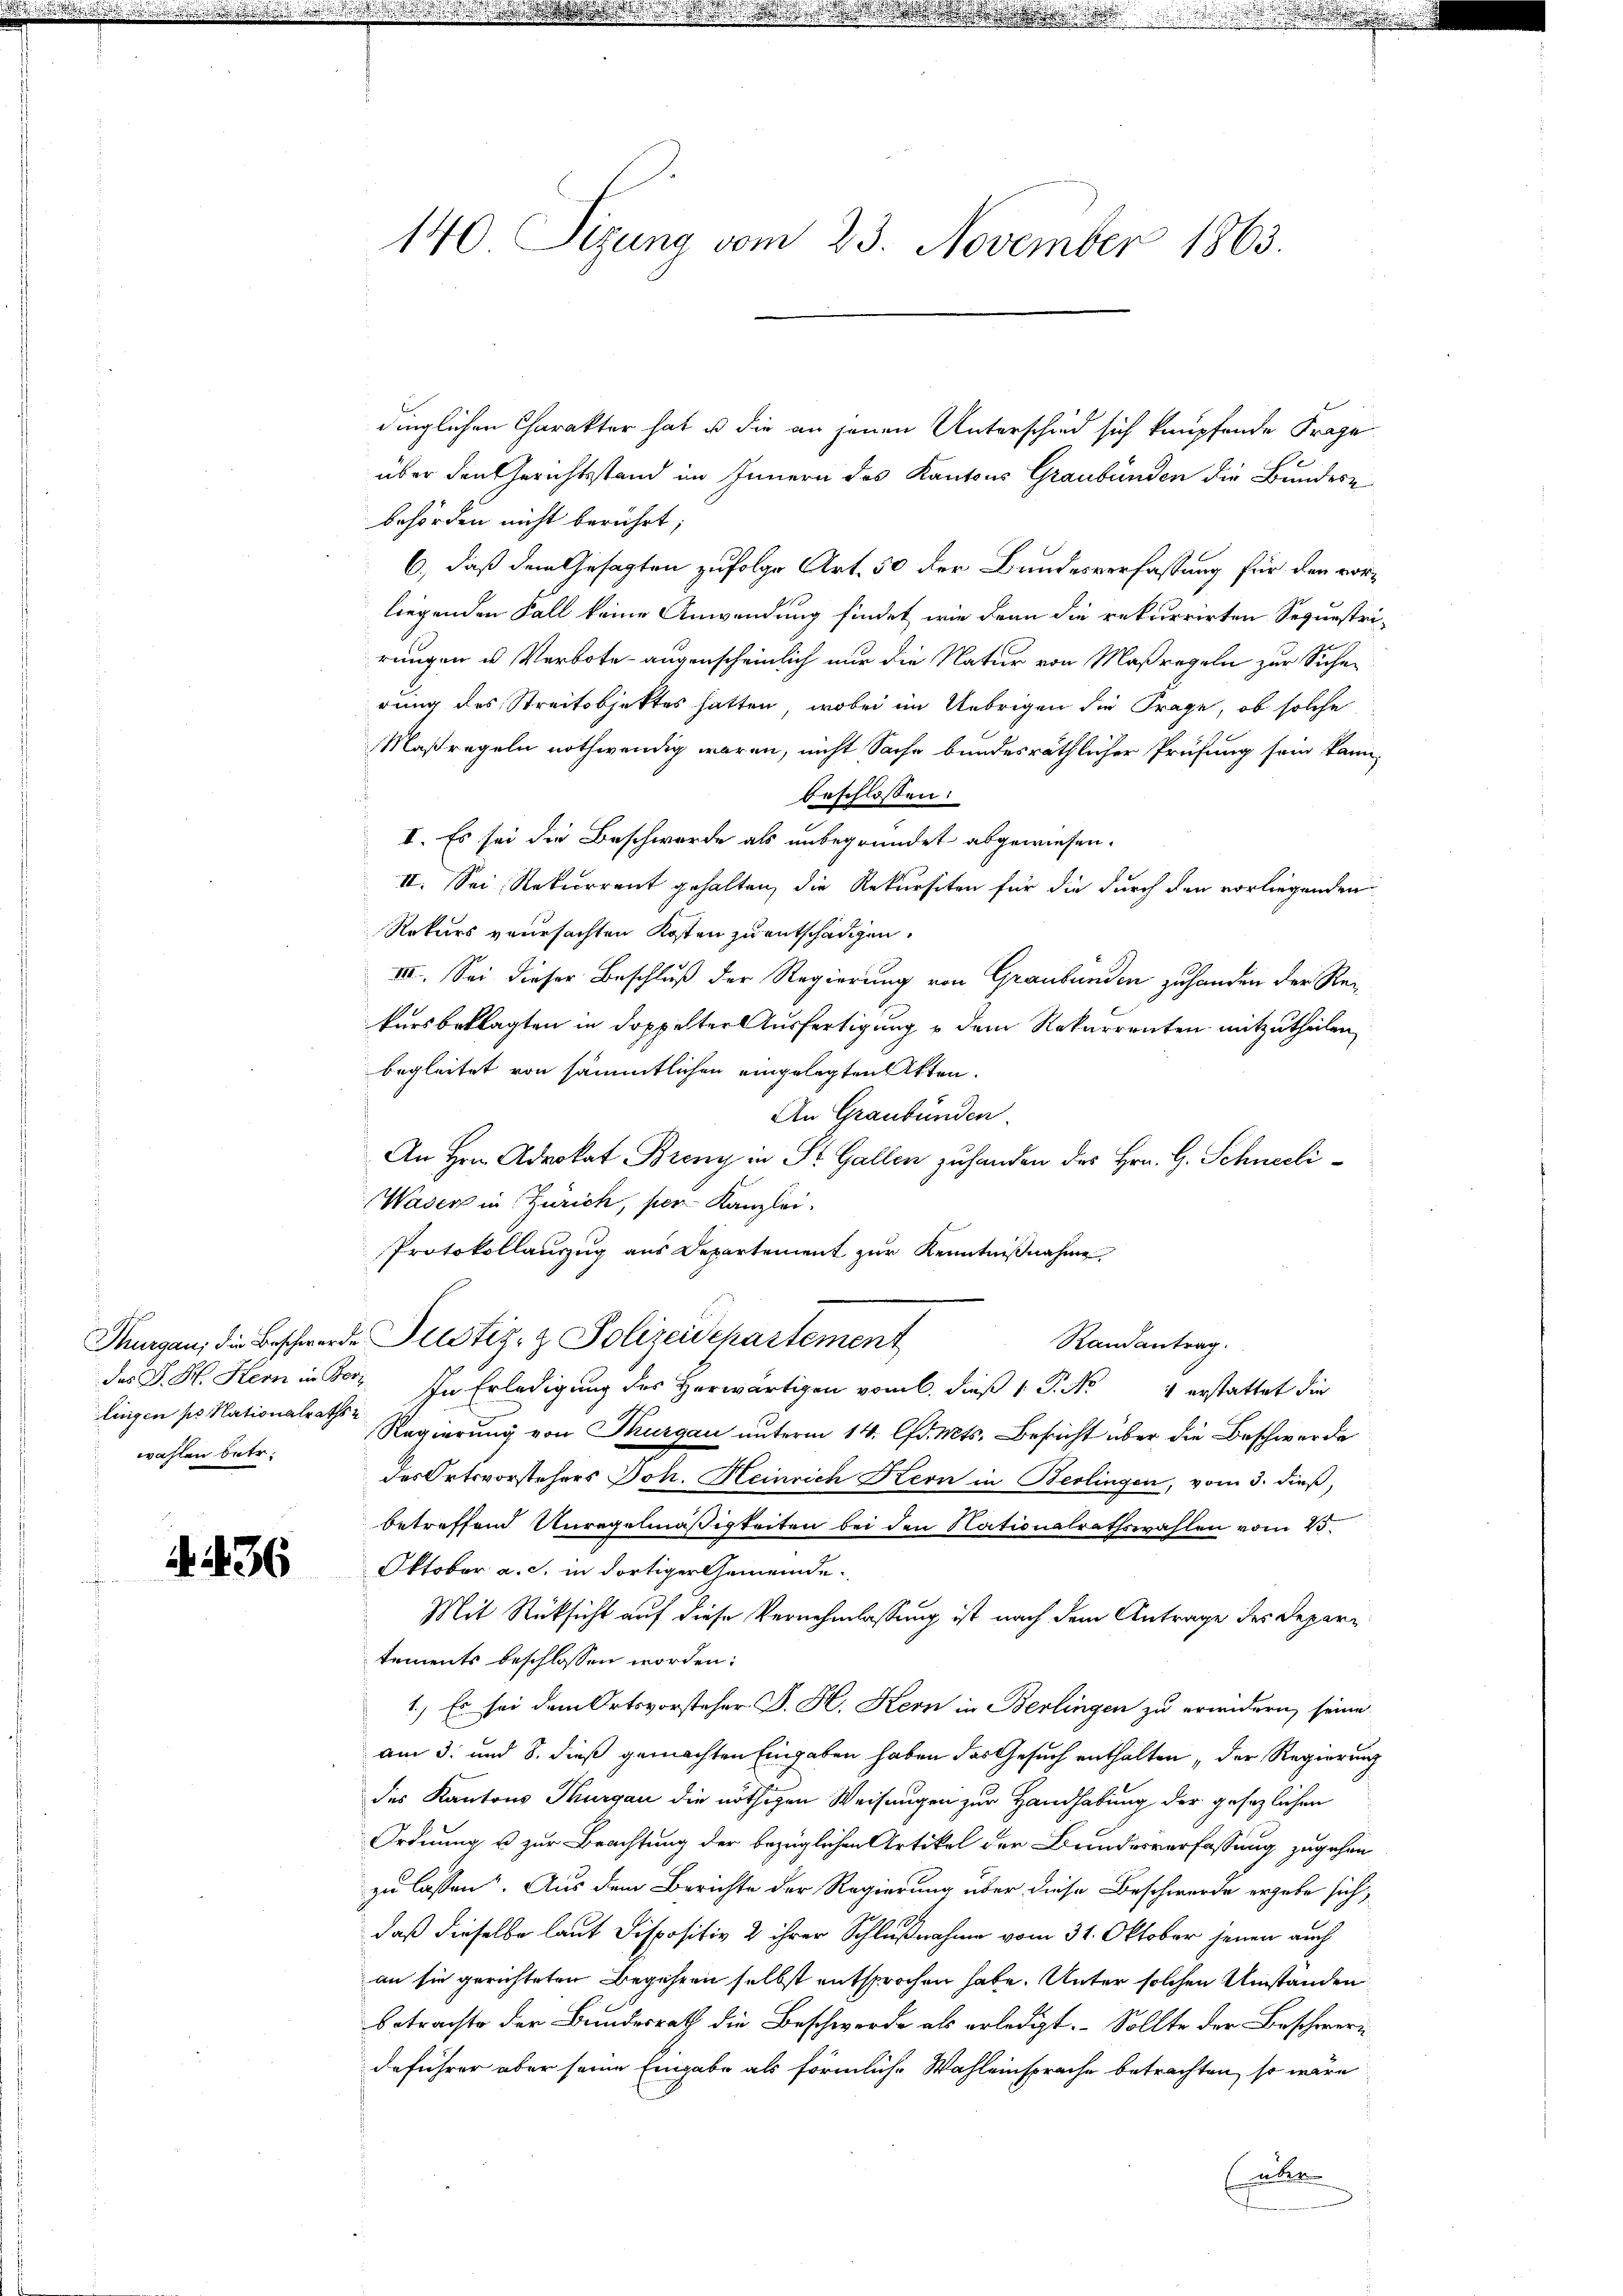
lingen sr Nationalraths
wählen betr.

4. 436

140 Sizung vom 23. November 1863.

dinglichen Charakter hat ist die an jenen Unterschied sich knüpfende Frage
über den Gerichtsstand im Innern des Kantons Graubünden die Bundere
behörden nicht berührt;
6, daß dem Gesagten zufolge Art. 50 der Bundesverfassung für den vorliegenden Fall keine Anwendung findet, wie dran die rekurrirten Sequestrirungen u. Verbote augenscheinlich nur die Natur von Maßregeln zur Sichen
rung des Streitobjektes hatten, wobei im Uebrigen die Frage, ob solche
Maßregeln nothwendig waren, nicht Sache bundesräthlicher Prüfung sein kann,
beschlossen:
I. Es sei die Beschwerde als unbegründet abgewiesen.
II. Sei Rekurrent gehalten, die Rekursiten für die durch den vorliegenden
Rekurs verursachten Kosten zu entschädigen.
III. Sei dieser Beschluß der Regierung von Graubünden zuhanden der Rekursbeklagten in doppelter Ausfertigung u dem Rekurrenten mitzutheilen.
begleitet von sämmtlichen eingelegten Akten.
An Graubünden.
An Hrn. Advokat Breny in St. Gallen zuhanden des Hrn. G. Schneeli¬
Waser in Zürich, per Kanzlei-
Protokollauszug aus Departement zur Kenntnißnahme
Thurgau, die Beschwerde Justiz- & Polizeidepartement
Randantrag.
des J. H. Hern in Ber. In Erledigung des Herwärtigen vom 6. dieß 1 P. Nr. 4 erstattet die
Regierung von Thurgau unterm 14. lfd. Mts. Besicht über die Beschwerde
des Ortsvorstehers Joh. Heinrich Kern in Berlingen, vom 3. dieß,
betreffend Unregelmäßigkeiten bei den Nationalrathswahlen vom 25.
Oktober a. s. in dortiger Gemeinde.
Mit Rücksicht auf diese Vernehmlassung ist nach dem Antrage der Departements beschlossen worden:
1.) Es sei dem Ortsvorsteher J. H. Kern in Berlingen zu erwidern seine
am 3. und 8. dieß gemachten Eingaben haben das Gesuch enthalten, der Regierung
des Kantons Thurgau die nöthigen Weisungen zur Handhabung der gesezlichen
Ordnung u zur Beachtung der bezüglichen Artikel der Brundesverfassung zugehen
zu lassen. Aus dem Berichte der Regierung über diese Beschwerde ergabe sich,
daß dieselbe laut Dispositiv 2 ihrer Schlußnahme vom 31. Oktober jenen auch
an sie gerichteten Begehren selbst entsprochen habe. Unter solchen Umstanden
betrachte der Bundesrath die Beschwerde als erledigt. Sollte der Beschweri
deführer aber seine Eingabe als förmliche Wahleinsprache betrachten, so wäre
(über

.